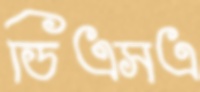
ডিএসএ